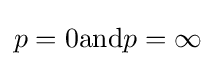
p=0{\text{and}}p=\infty